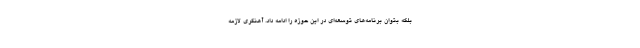
بلکه بتوان برنامه‌های توسعه‌ای در این حوزه را ادامه داد. آهنگری لازمه